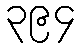
၃၉၄